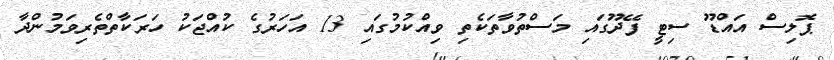
ޕޮލިސް އައްޑޫ ސިޓީ ފޭދޫގައި މަސްތުވާތަކެތި ވިއްކުމުގައި 13 އަހަރުގެ ކުއްޖަކު ހަރަކާތްތެރިވަމުންދާ